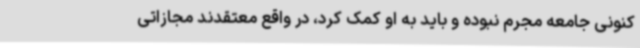
کنونی جامعه مجرم نبوده و باید به او کمک کرد، در واقع معتقدند مجازاتی